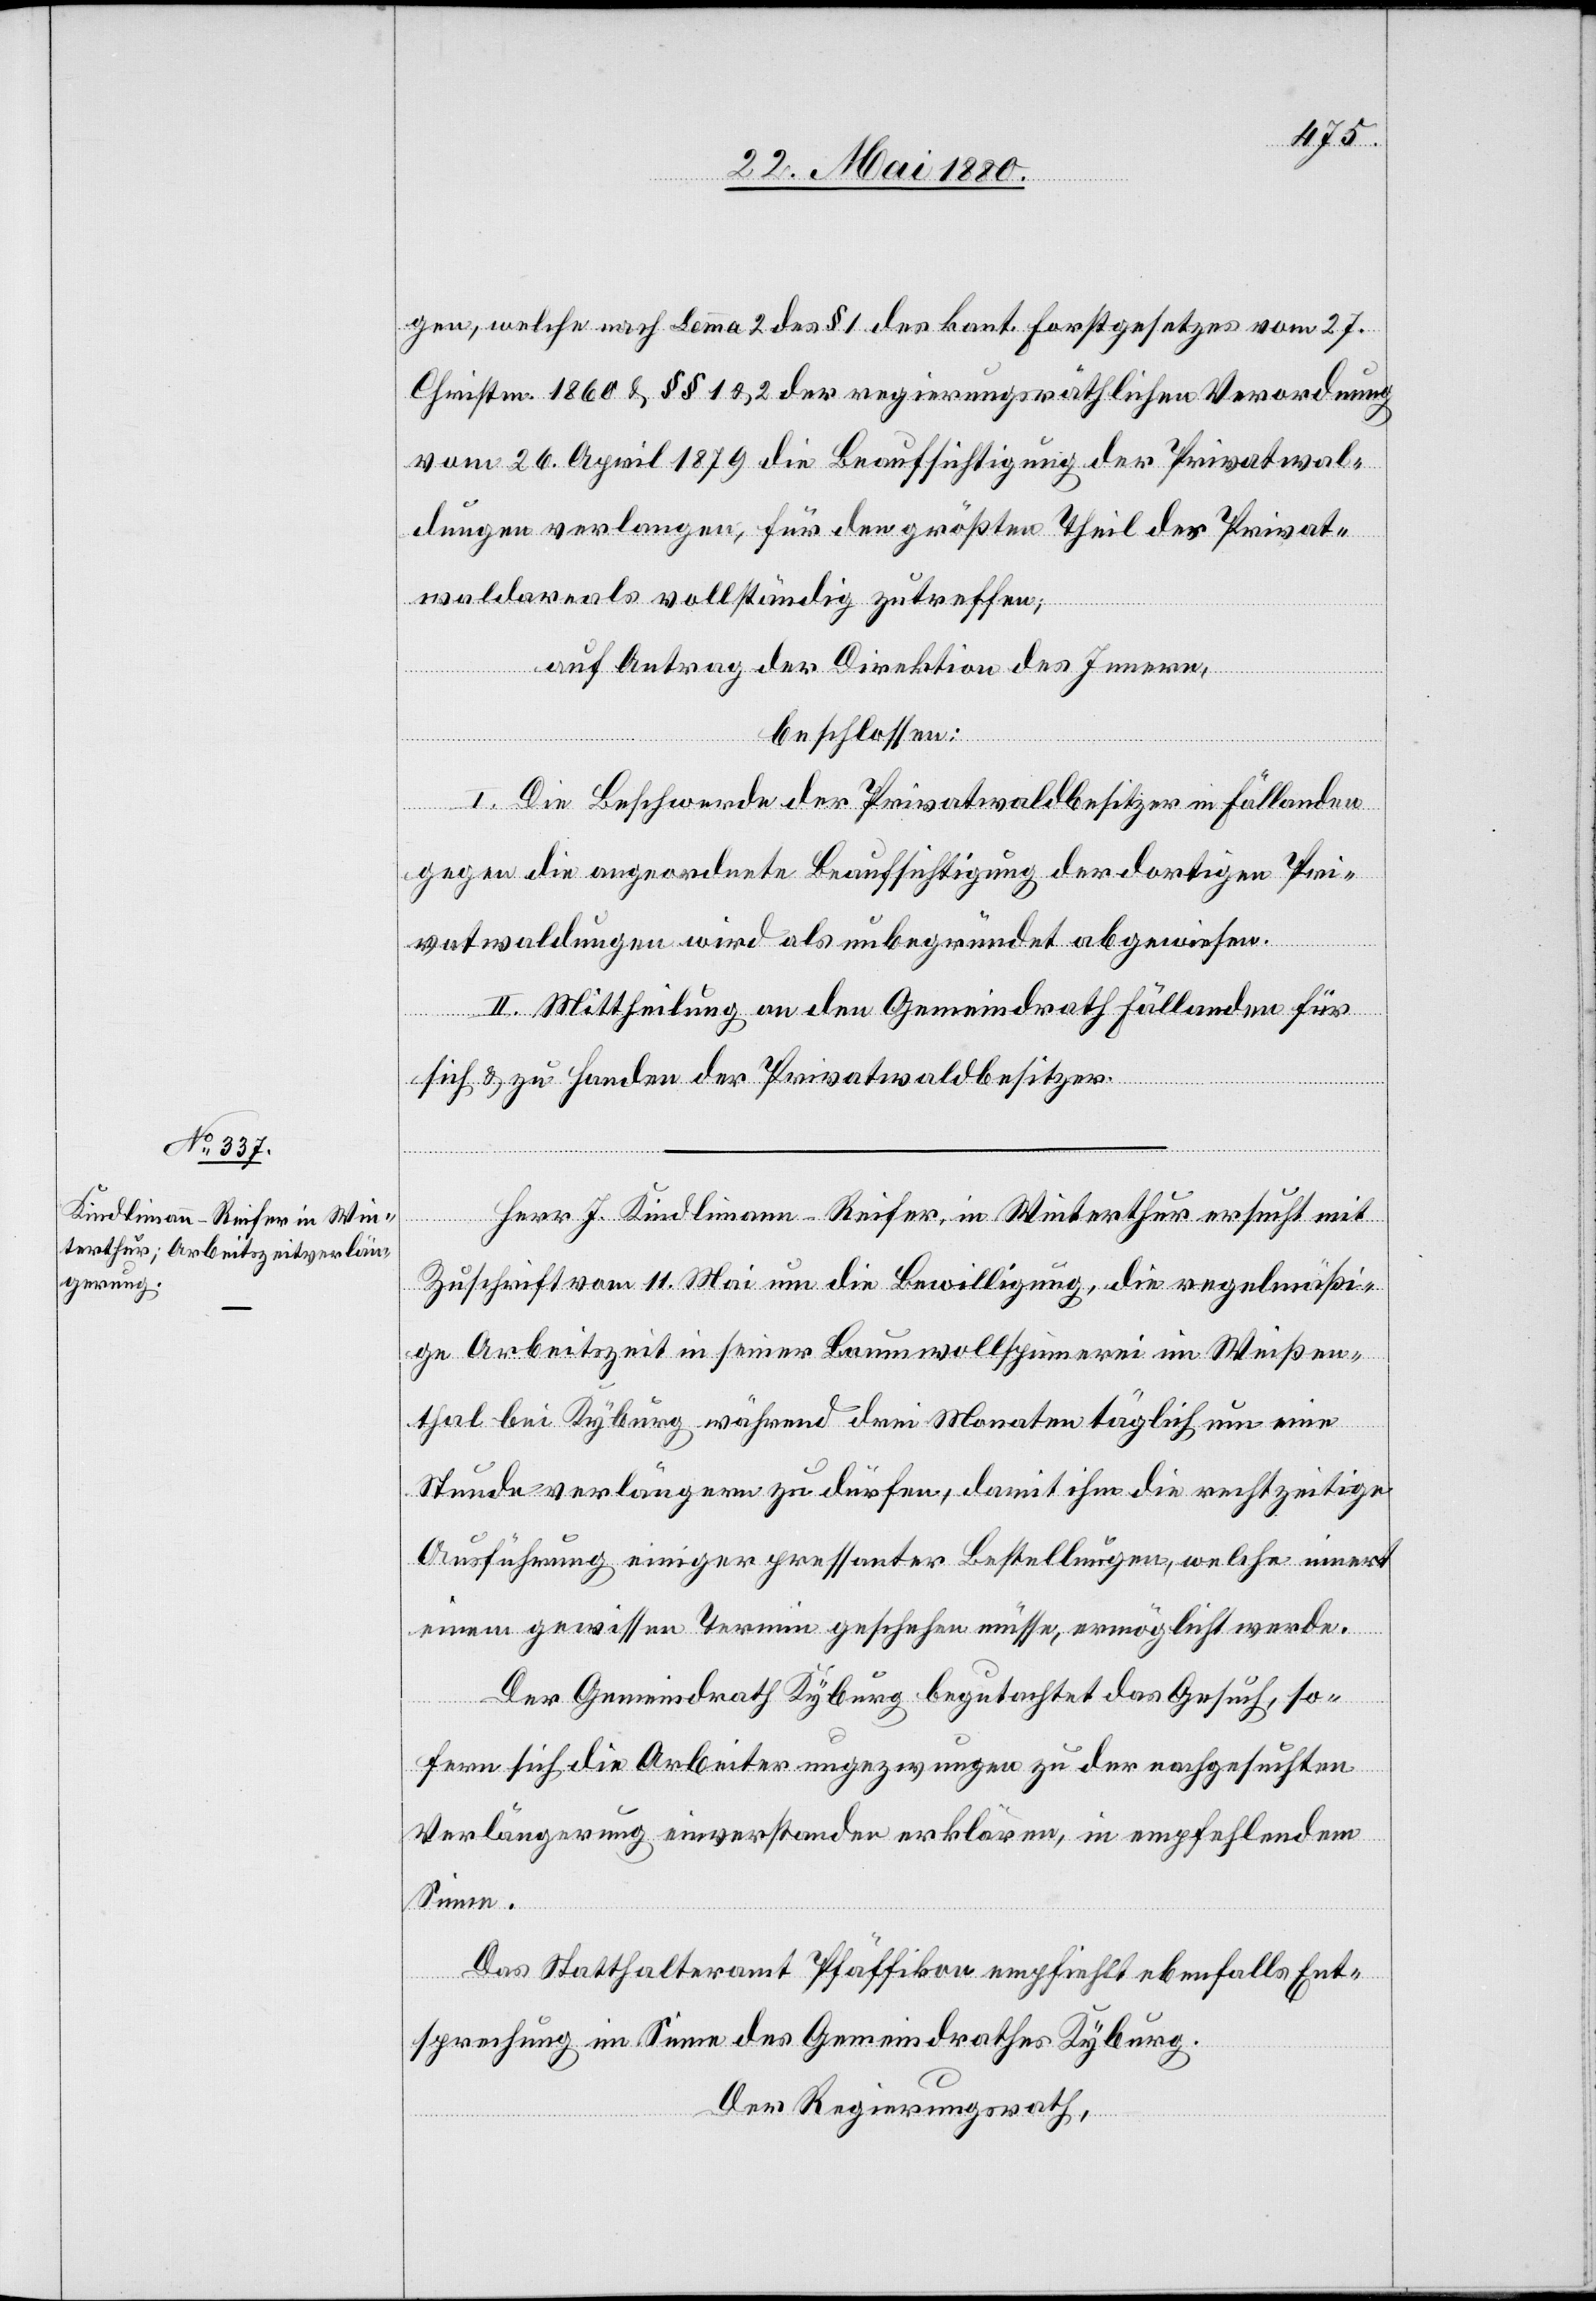
gen, welche nach Lemma 2 des § 1 des kant. Forstgesetzes vom 27.
Christm. 1760 & §§ 1 & 2 der regierungsräthlichen Verordnung
vom 26. April 1879 die Beaufsichtigung der Privatwal¬
dungen verlangen, für den größten Theil des Privat¬
waldareals vollständig zutreffen;
auf Antrag der Direktion des Innern,
beschlossen:
I. Die Beschwerde der Privatwaldbesitzer in Fällanden
gegen die angeordnete Beaufsichtigung der dortigen Pri¬
vatwaldungen wird als unbegründet abgewiesen.
II. Mittheilung an den Gemeindrath Fällanden für
sich & zu Handen der Privatwaldbesitzer.
Herr J. Kindlimann-Reifer, in Winterthur ersucht mit
Zuschrift vom 11. Mai um die Bewilligung, die regelmäßi¬
ge Arbeitszeit in seiner Baumwollspinnerei im Weißen¬
thal bei Kyburg während drei Monaten täglich um eine
Stunde verlängern zu dürfen, damit ihm die rechtzeitige
Ausführung einiger pressanter Bestellungen, welche innert
einem gewissen Termin geschehen müsse, ermöglicht werde.
Der Gemeindrath Kyburg begutachtet das Gesuch, so¬
fern sich die Arbeiter ungezwungen zu der nachgesuchten
Verlängerung einverstanden erklären, in empfehlendem
Sinne.
Das Statthalteramt Pfäffikon empfiehlt ebenfalls Ent¬
sprechung im Sinne des Gemeindrathes Kyburg.
Der Regierungsrath,